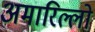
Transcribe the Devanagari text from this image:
अमारिल्लो